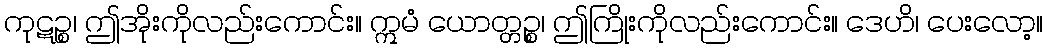
ကုဋဉ္စ၊ ဤအိုးကိုလည်းကောင်း။ ဣမံ ယောတ္တဉ္စ၊ ဤကြိုးကိုလည်းကောင်း။ ဒေဟိ၊ ပေးလော့။